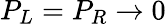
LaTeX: P_{L}=P_{R}\to 0